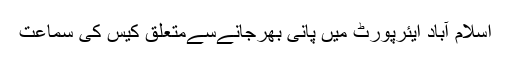
اسلام آباد ایئرپورٹ میں پانی بھرجانےسےمتعلق کیس کی سماعت